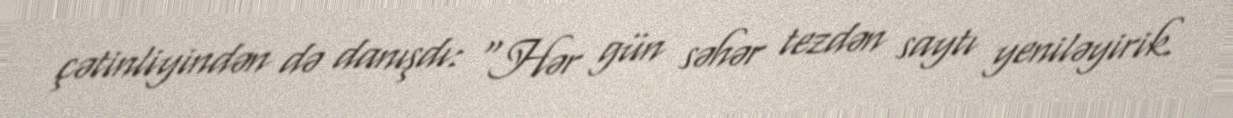
çətinliyindən də danışdı: “Hər gün səhər tezdən saytı yeniləyirik.